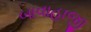
બાવાહાજી